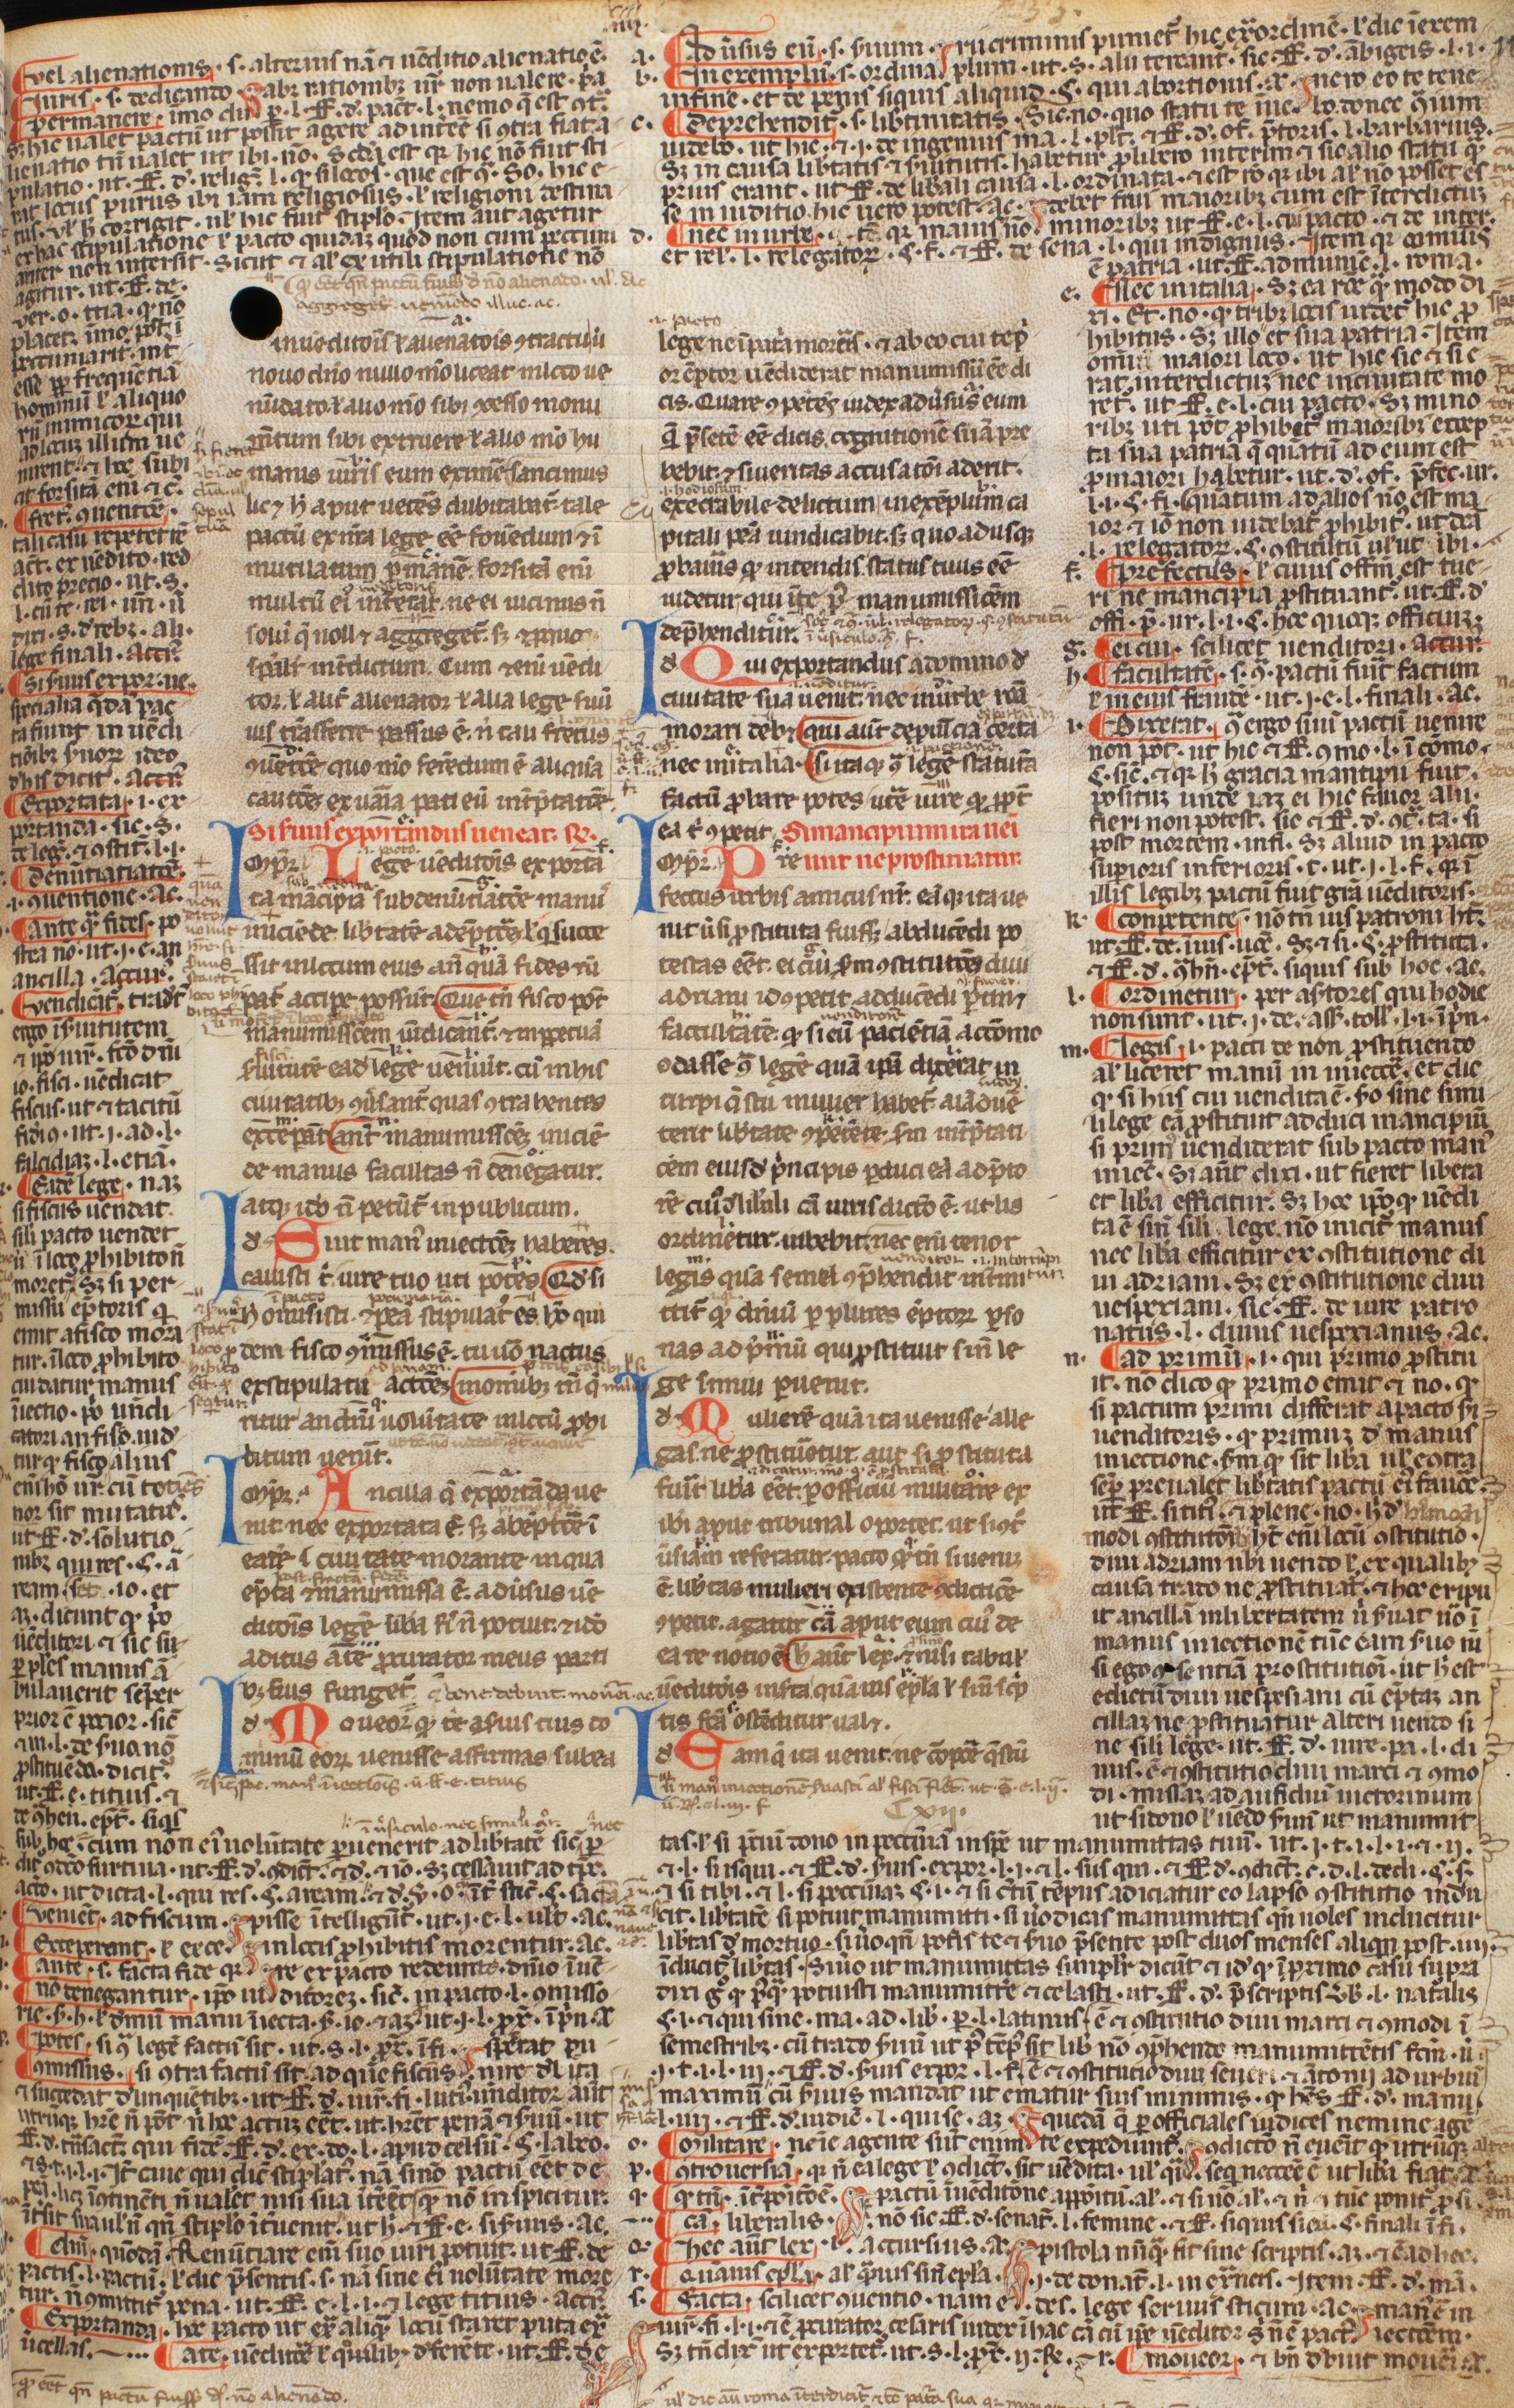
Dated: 1250–1399